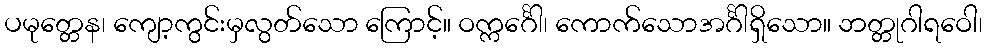
ပမုတ္တေန၊ ကျော့ကွင်းမှလွတ်သော ကြောင့်။ ဝက္ကင်္ဂေါ၊ ကောက်သောအင်္ဂါရှိသော။ ဘတ္တုဂါရဝေါ၊